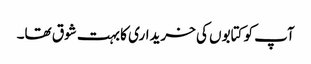
آپ کو کتابوں کی خریداری کا بہت شوق تھا۔